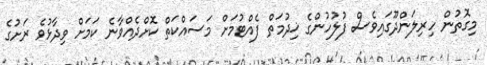
މިގޮތުން ހިރިލަންދޫގައިވެސް ފުލުހުންގެ ޚިދުމަތް ފެއްޓުމަށް މަސައްކަތް ކޮށްދެއްވާނެ ކަމަށް ވިދާޅުވެ ރަށުގެ